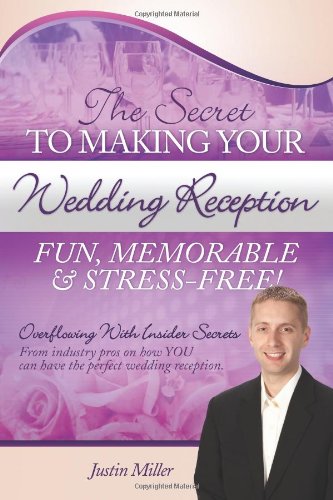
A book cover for The Secret to Making Your Wedding Reception Fun, Memorable & Stress-Free!; Mr Justin Miller; Crafts, Hobbies & Home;